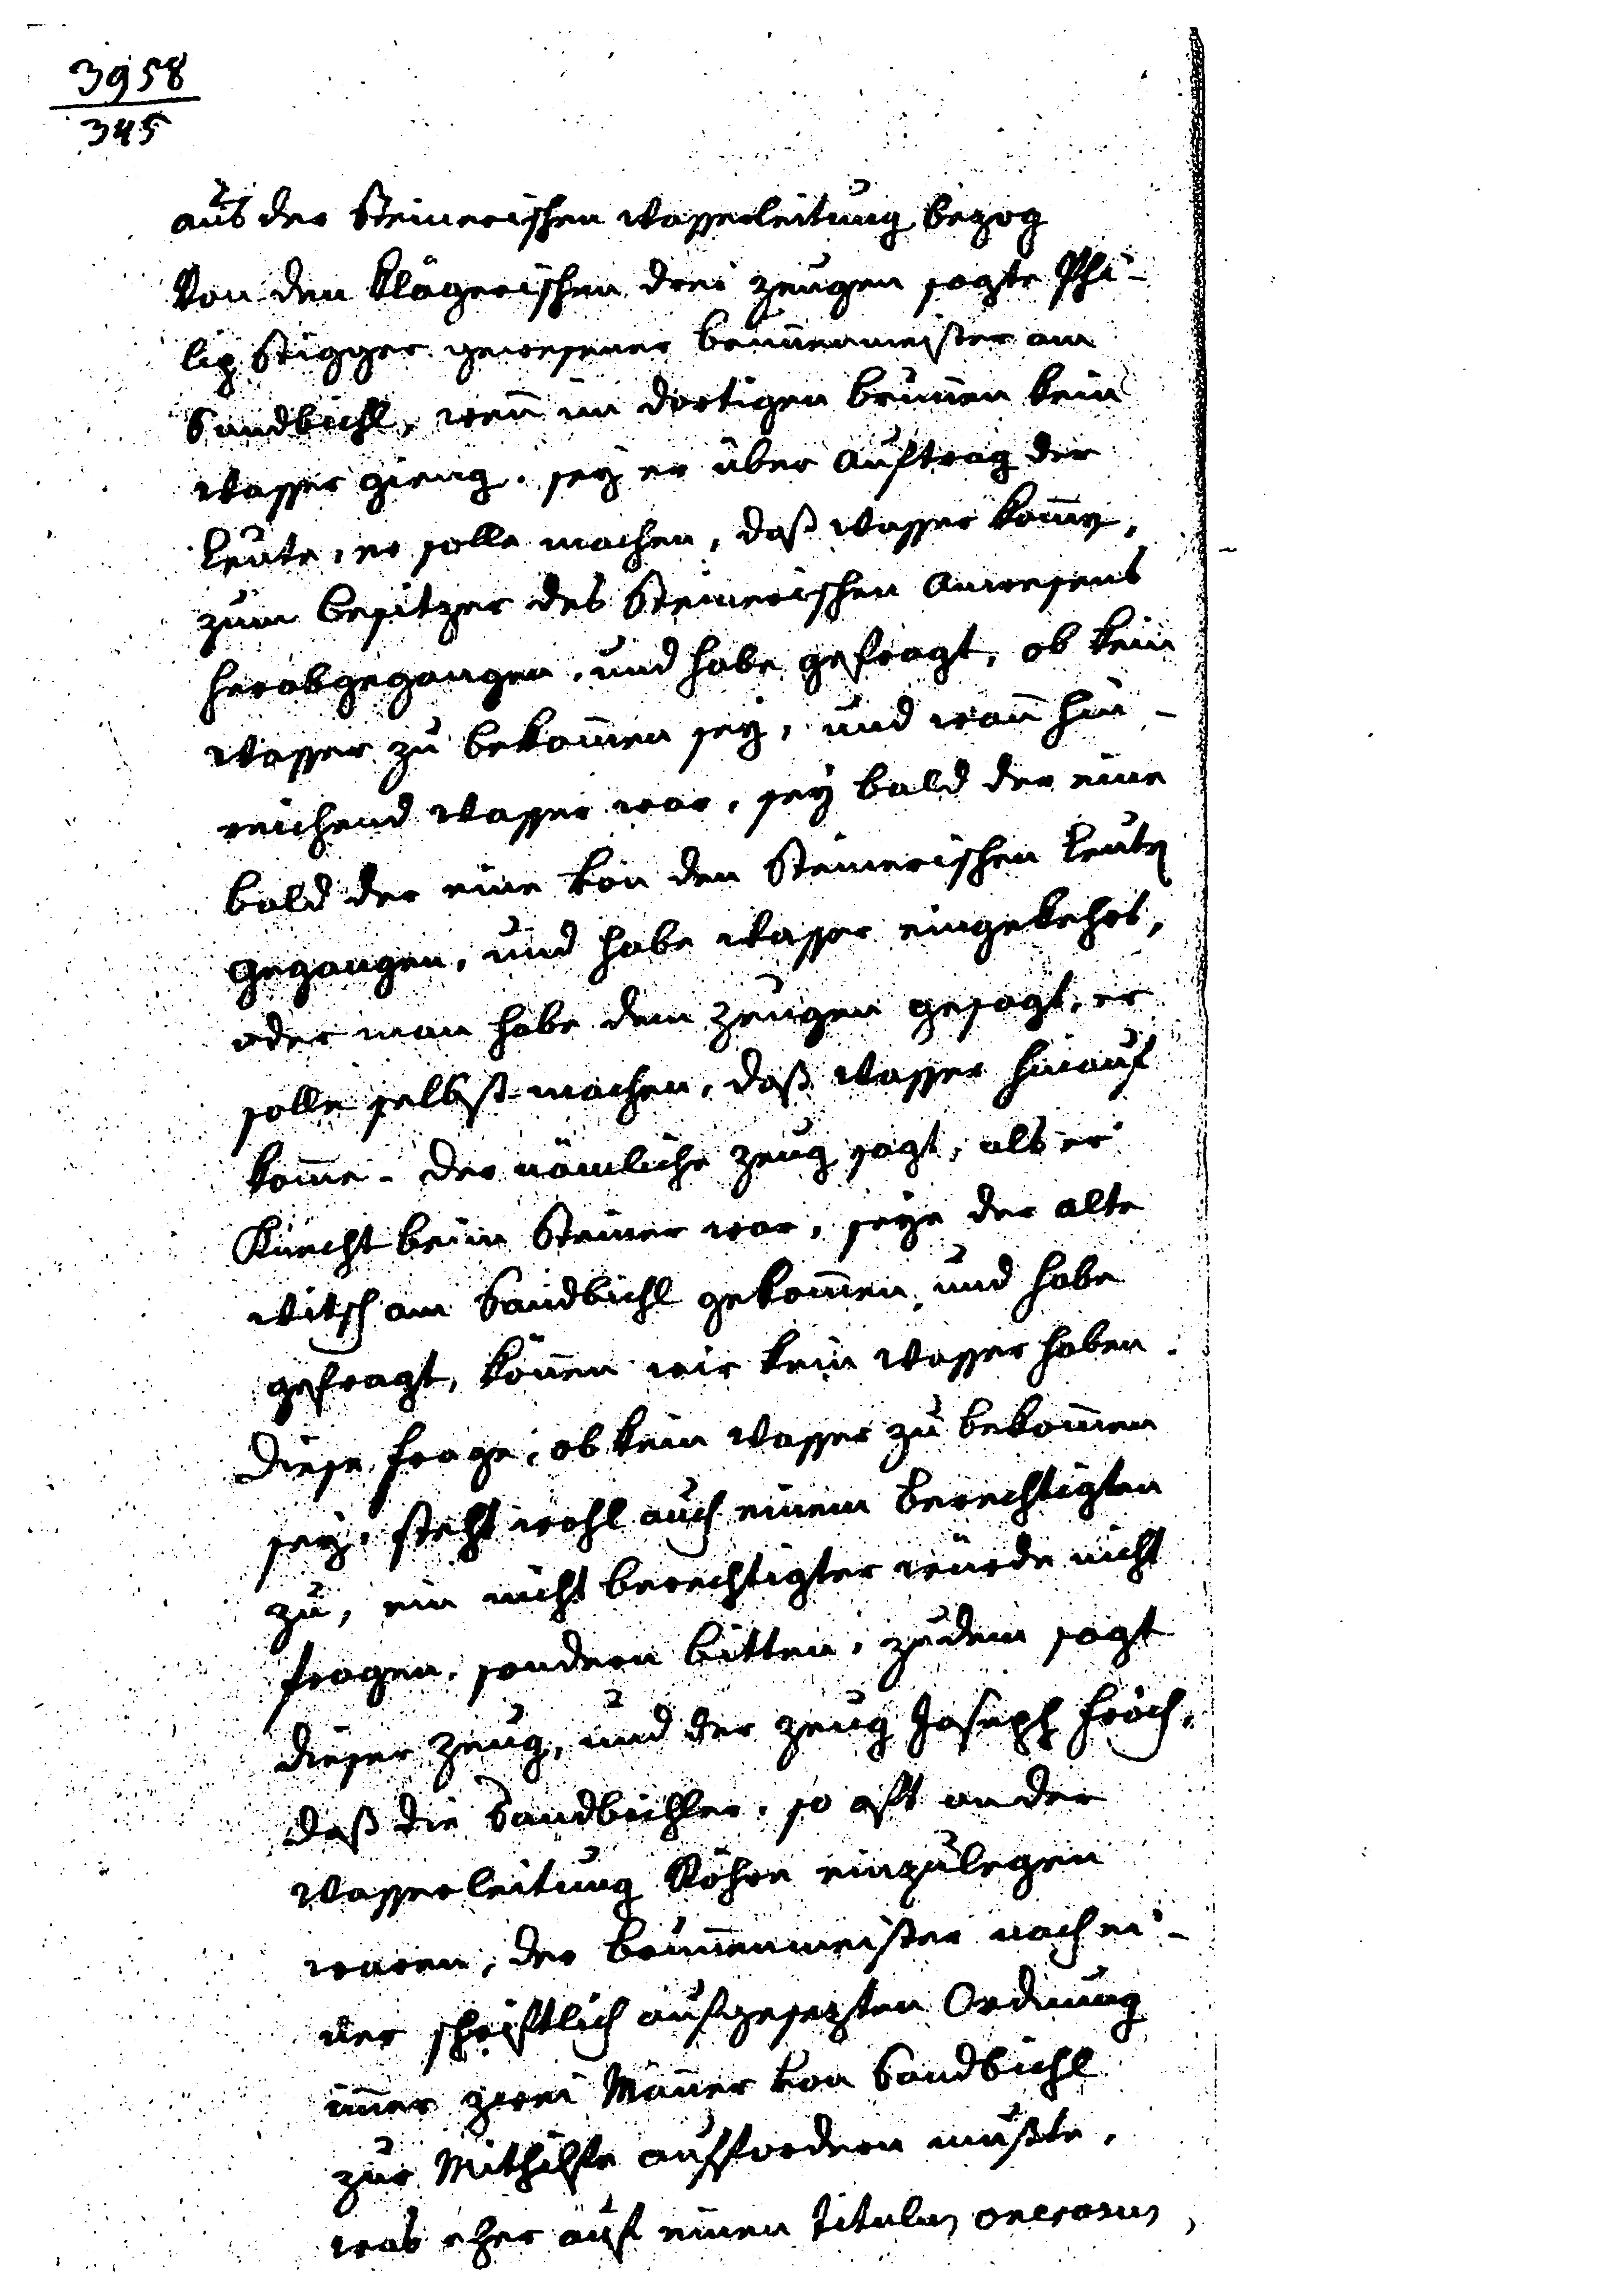
3958
345
aus der Steinerischen Wasserleitung bezog
Von den Klägerischen drei Zeugen sagte Phi¬
lip Stigger gewesener Brunnenmeister am
Sandbichl, wenn im dortigen Brunnen kein
Wasser gieng, sey er über Auftrag der
Leute, er solle machen, daß Wasser komme,
zum Besitzer des Steinerischen Anwesens
herabgegangen, und habe gefragt, ob kein
Wasser zu bekommen sey, und wann hin¬
reichend Wasser war, sey bald der eine
bald der eine von den Steinerischen Leuten
gegangen, und habe Wasser eingekehrt,
oder man habe dem Zeugen gesagt, er
solle selbst machen, daß Wasser herauf
komme. Der nämliche Zeug sagt, als er
Knecht beim Steiner war, seye der alte
Witsch am Sandbichl gekommen und habe
gefragt, können wir kein Wasser haben.
Diese Frage, ob kein Wasser zu bekommen
sey, steht wohl auch einem Berechtigten
zu, ein nicht Berechtigter würde nicht
fragen, sondern bitten, zudem sagt
dieser Zeug, und der Zeug Joseph Fröch,
daß die Sandbichler, so oft ander
Wasserleitung Röhre einzulegen
waren, der Brunnenmeister nach ei¬
ner schriftlich aufgesetzten Ordnung
immer zwei Männer von Sandbichl
zur Mithilfe auffordern mußte,
was eher auf einen Titulus onerosus